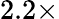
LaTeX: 2.2\times